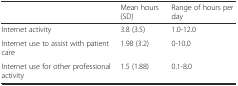
<table><thead><tr><td></td><td><b>Mean hours (SD)</b></td><td><b>Range of hours per day</b></td></tr></thead><tbody><tr><td>Internet activity</td><td>3.8 (3.5)</td><td>1.0-12.0</td></tr><tr><td>Internet use to assist with patient care</td><td>1.98 (3.2)</td><td>0-10.0</td></tr><tr><td>Internet use for other professional activity</td><td>1.5 (1.88)</td><td>0.1-8.0</td></tr></tbody></table>